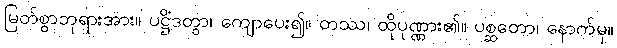
မြတ်စွာဘုရားအား။ ပဋ္ဌိံဒတွာ၊ ကျောပေး၍။ တဿ၊ ထိုပုဏ္ဏား၏။ ပစ္ဆတော၊ နောက်မှ။